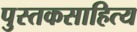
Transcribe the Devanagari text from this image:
पुस्तकसाहित्य